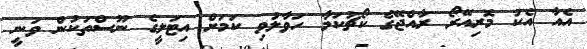
އެއާ އެކު މޮރިއޭރޯ ރާއްޖޭގެ ކޯޗުކަމާ ހަވާލުވި ކަމަށް އިޓަލީގެ ނޫސްތަކުން ވަނީ